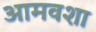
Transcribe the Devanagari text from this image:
आमवशा